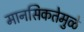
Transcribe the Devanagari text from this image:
मानसिकतेमुळे